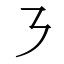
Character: ㇋